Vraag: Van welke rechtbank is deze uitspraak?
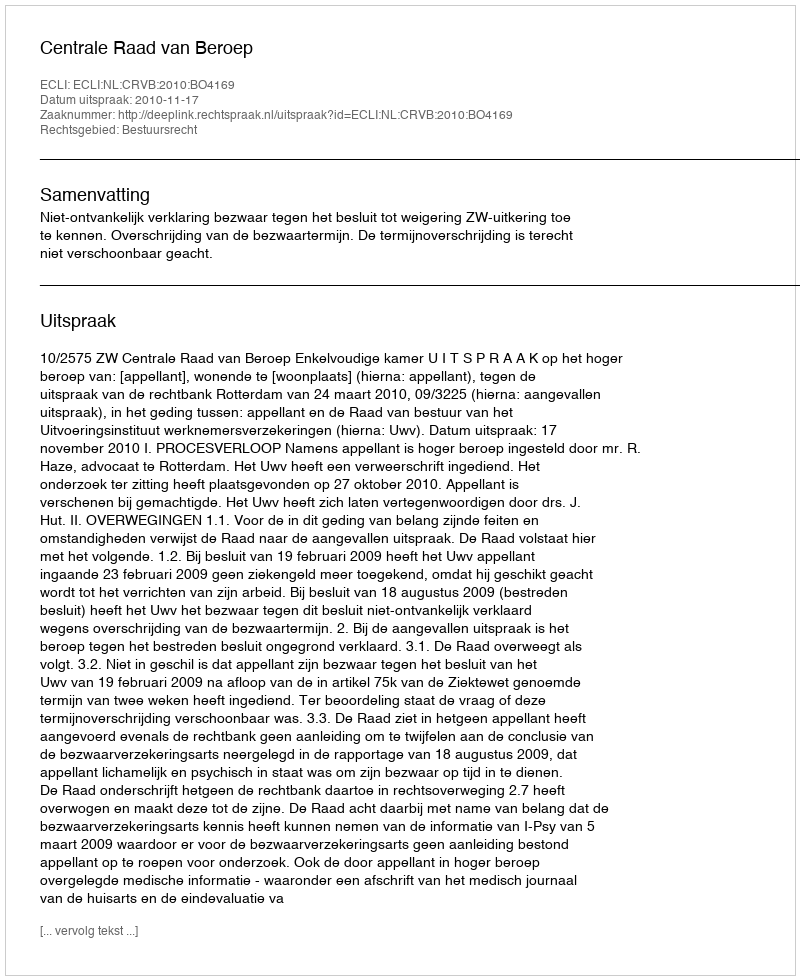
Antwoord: Centrale Raad van Beroep